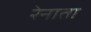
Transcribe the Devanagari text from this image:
रेनाता